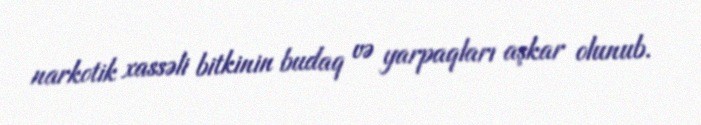
narkotik xassəli bitkinin budaq və yarpaqları aşkar olunub.